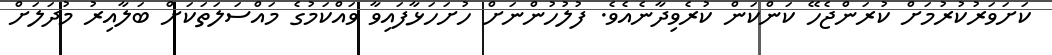
ކަށަވަރުކުރުމަށް ކުރަންޖެހޭ ކަންކަން ކުރެވިދާނެއެވެ. ފުލުހުންނަށް ހުށަހަޅާފައިވާ ވައްކަމުގެ މައްސަލަތަކަށް ބަލާއިރު މުދަލަށް